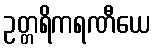
ဥတ္တရိကရဏီယေ